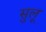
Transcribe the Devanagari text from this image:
सुलू